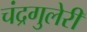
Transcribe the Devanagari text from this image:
चंद्रगुलेरी